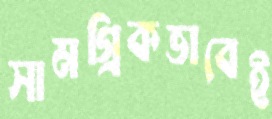
সামগ্রিকভাবেই